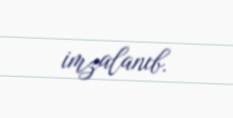
imzalanıb.